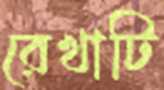
রেখাটি